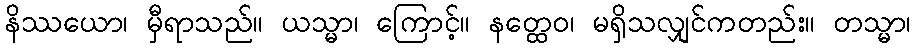
နိဿယော၊ မှီရာသည်။ ယသ္မာ၊ ကြောင့်။ နတ္ထေဝ၊ မရှိသလျှင်ကတည်း။ တသ္မာ၊